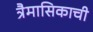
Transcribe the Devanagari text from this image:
त्रैमासिकाची